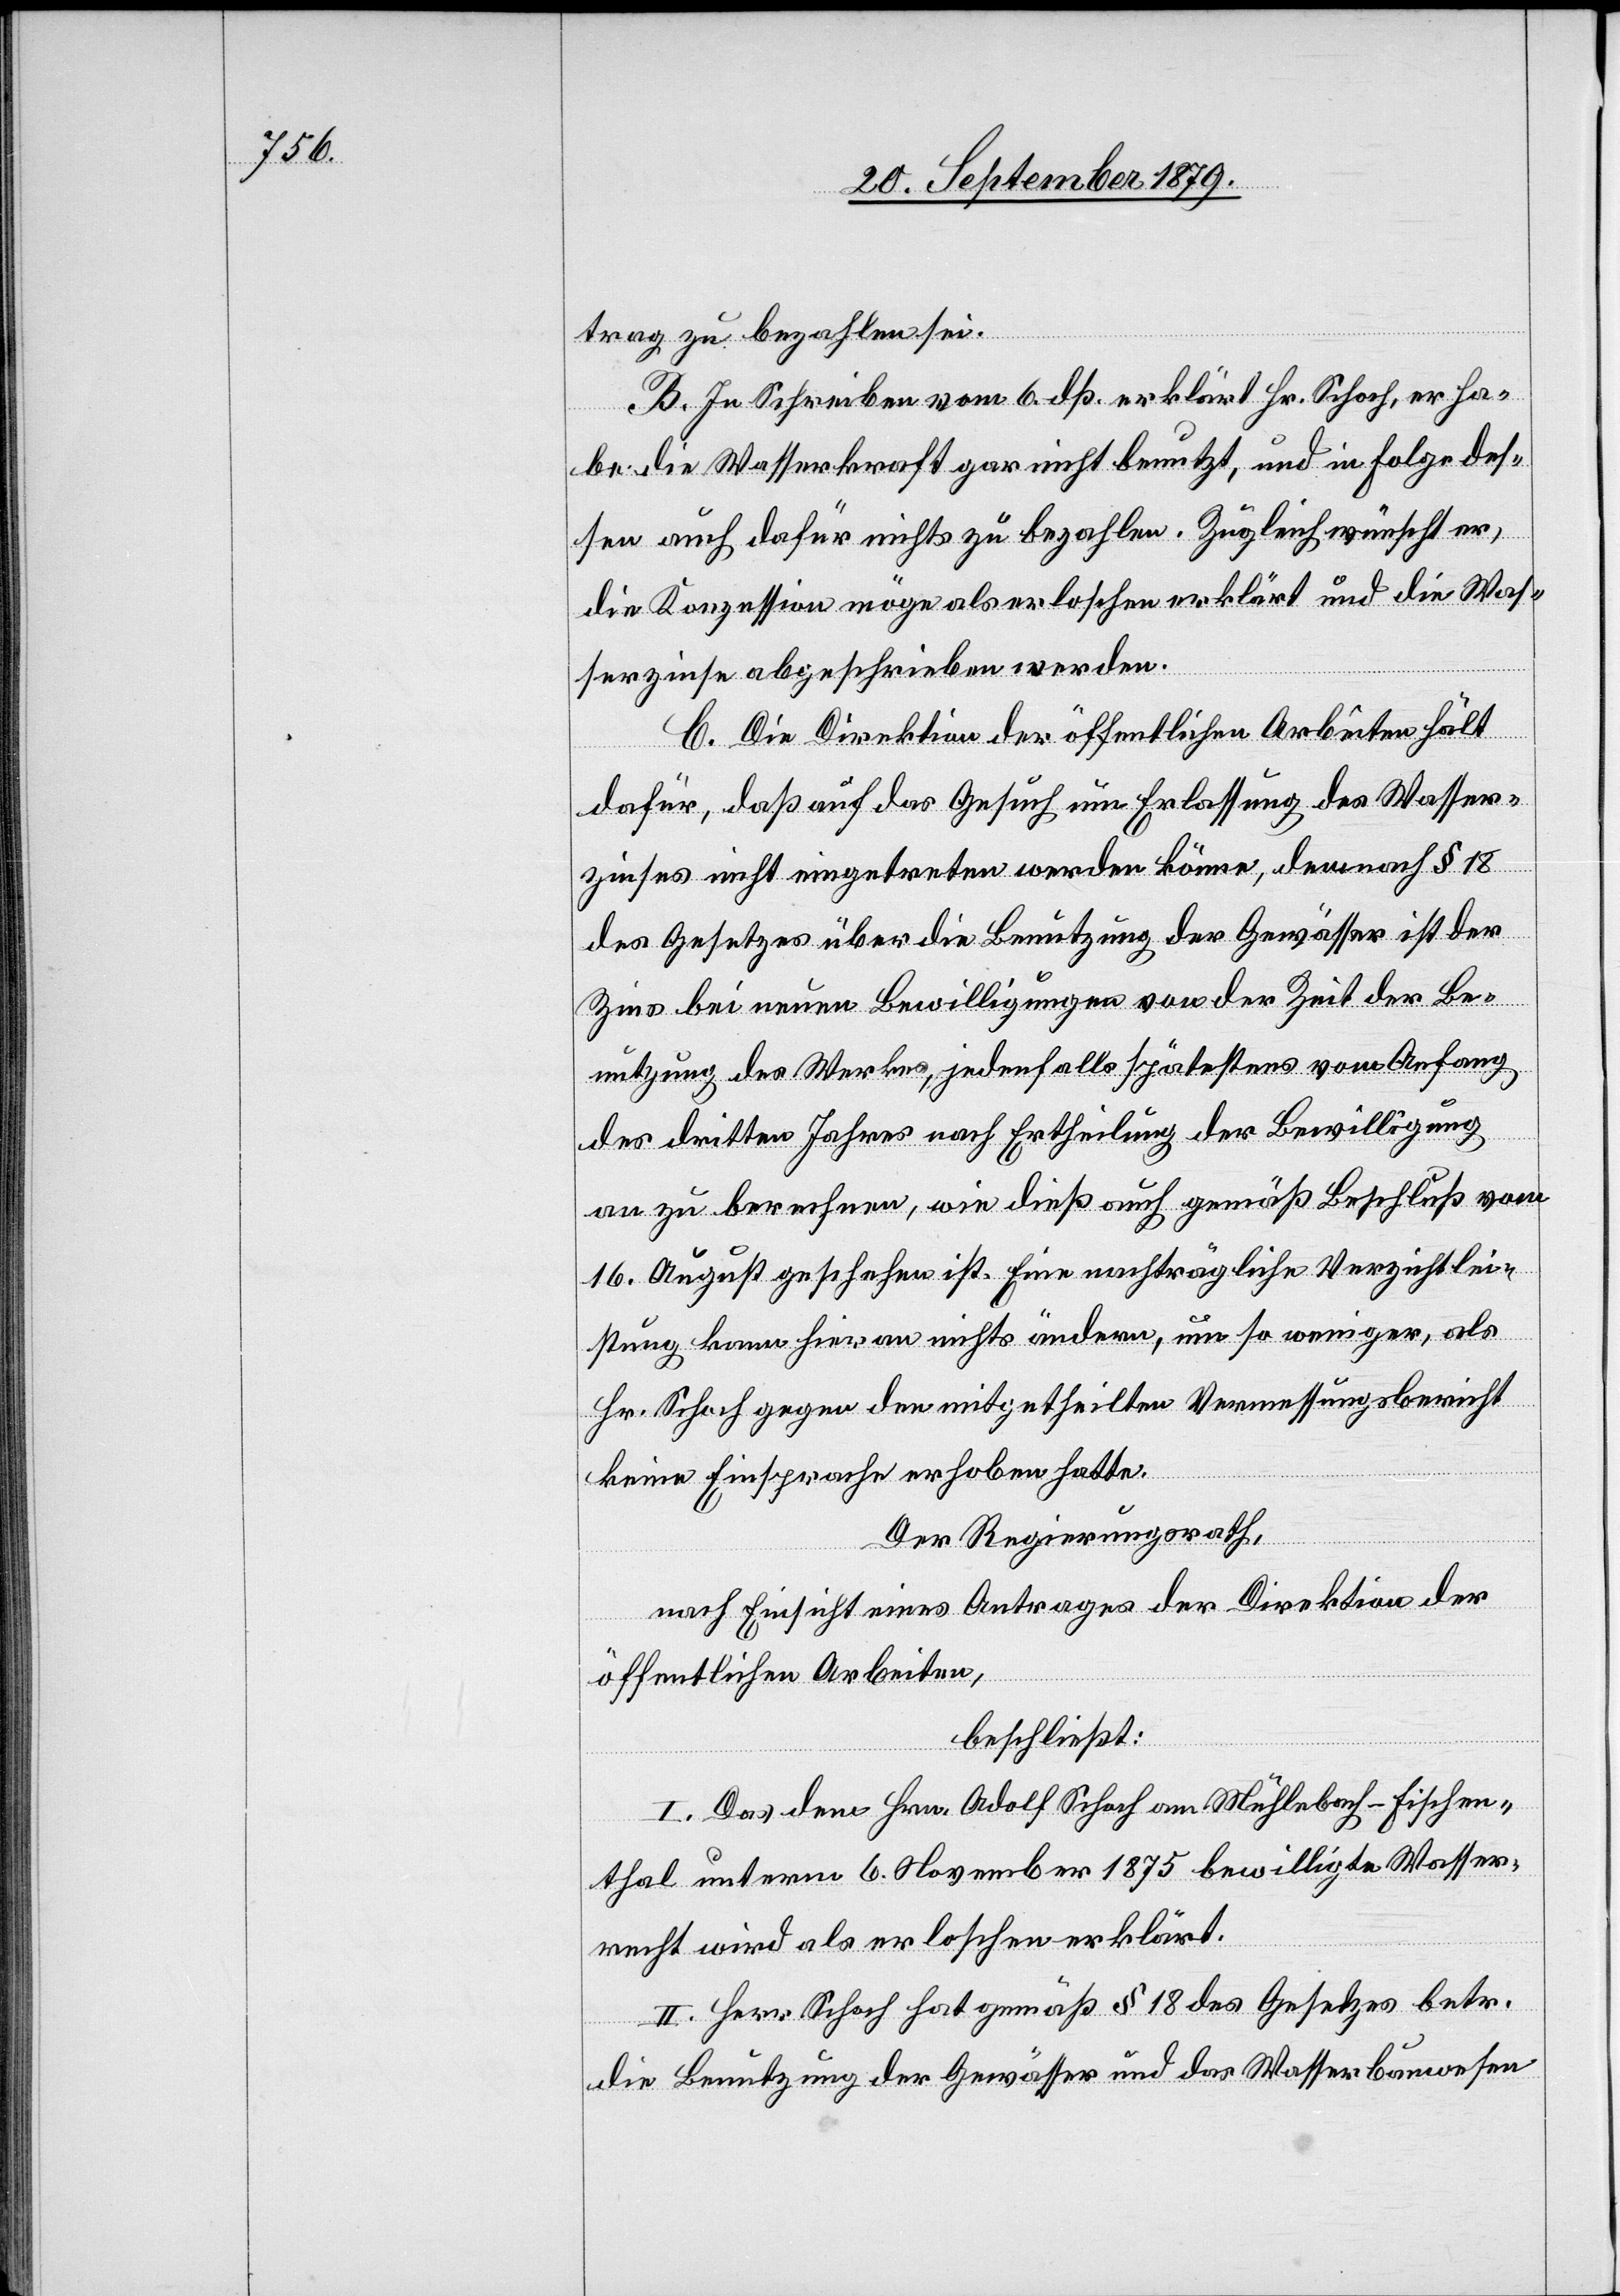
trag zu bezahlen sei.
B. In Schreiben vom 6. dß. erklärt Hr. Schoch, er ha¬
be die Wasserkraft gar nicht benutzt, und in Folge des¬
sen auch dafür nichts zu bezahlen. Zugleich wünscht er,
die Konzession möge als erloschen erklärt und die Was¬
serzinse abgeschrieben werden.
C. Die Direktion der öffentlichen Arbeiten hält
dafür, daß auf das Gesuch um Erlassung des Wasser¬
zinses nicht eingetreten werden könne, denn nach § 18
des Gesetzes über die Benutzung der Gewässer ist der
Zins bei neuen Bewilligungen von der Zeit der Be¬
nutzung des Werkes, jedenfalls spätestens vom Anfang
des dritten Jahres nach Ertheilung der Bewilligung
an zu berechnen, wie dieß auch gemäß Beschluß vom
16. August geschehen ist. Eine nachträgliche Verzichtlei¬
stung kann hieran nichts ändern, um so weniger, als
Hr. Schoch gegen den mitgetheilten Vermessungsbericht
keine Einsprache erhoben hatte.
Der Regierungsrath,
nach Einsicht eines Antrages der Direktion der
öffentlichen Arbeiten,
beschließt:
I. Das den Hrn. Adolf Schoch am Mühlebach - Fischen¬
thal unterm 6. November 1875 bewilligte Wasser¬
recht wird als erloschen erklärt.
II. Herr Schoch hat gemäß § 18 des Gesetzes betr.
die Benutzung der Gewässer und das Wasserbauwesen